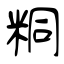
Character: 粡